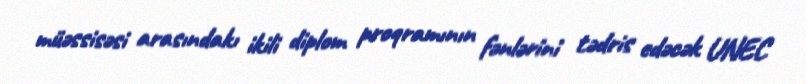
müəssisəsi arasındakı ikili diplom proqramının fənlərini tədris edəcək UNEC